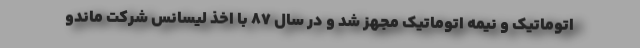
اتوماتیك و نیمه اتوماتیك مجهز شد و در سال 87 با اخذ لیسانس شرکت ماندو